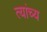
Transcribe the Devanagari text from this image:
त्यांच्य